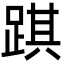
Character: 踑